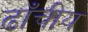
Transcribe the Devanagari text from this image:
ढाँचीय